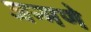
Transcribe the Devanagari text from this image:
जन्मणे